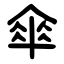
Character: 傘